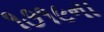
૧૭૧૯ના